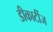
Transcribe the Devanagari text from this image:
डीकार्टीज